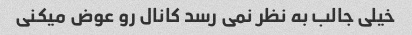
خیلی جالب به نظر نمی رسد کانال رو عوض میکنی